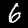
Label: 6